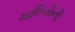
માલિનીની